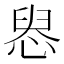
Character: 惥